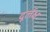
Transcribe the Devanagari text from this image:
दूर्लक्ष